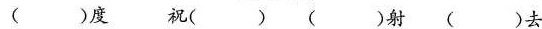
()度祝( )( )射()去